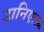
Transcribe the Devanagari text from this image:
डानिएल